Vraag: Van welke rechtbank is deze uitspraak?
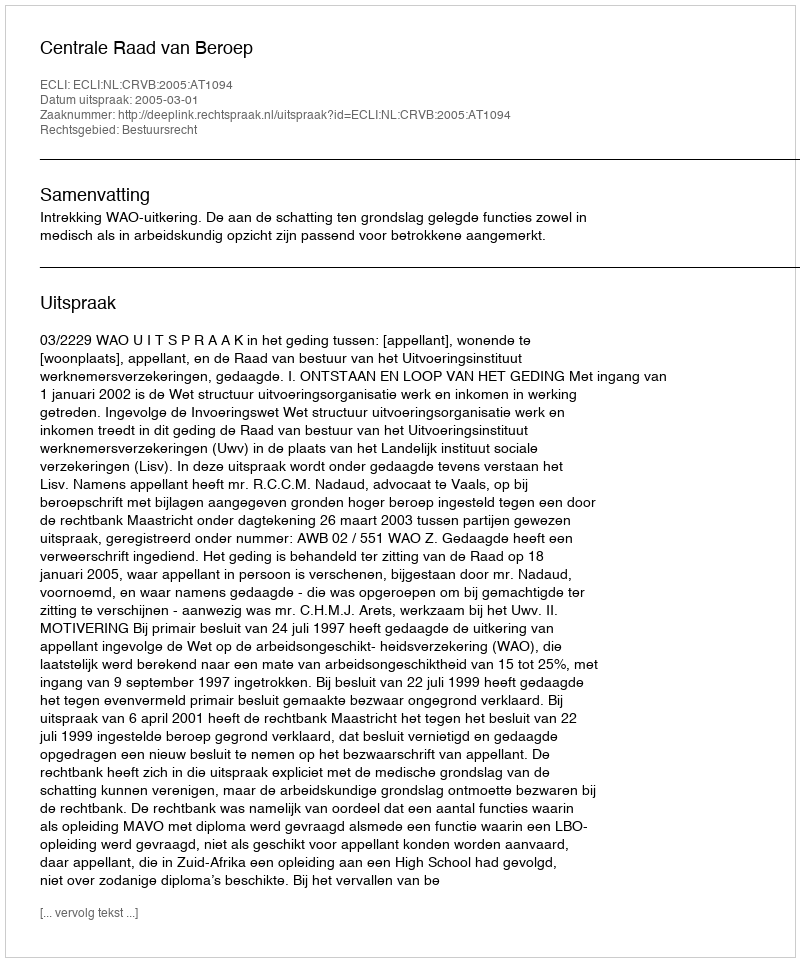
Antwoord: Centrale Raad van Beroep